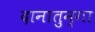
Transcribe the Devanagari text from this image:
दानातुन्गा